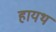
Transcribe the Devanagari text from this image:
हायथ